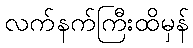
လက်နက်ကြီးထိမှန်